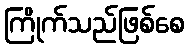
ကြိုက်သည်ဖြစ်စေ